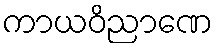
ကာယဝိညာဏေ